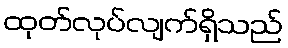
ထုတ်လုပ်လျက်ရှိသည်